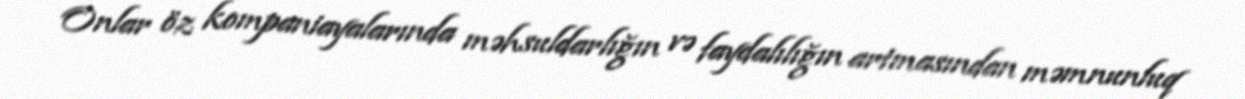
Onlar öz kompaniayalarında məhsuldarlığın və faydalılığın artmasından məmnunluq